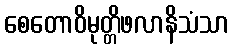
စေတောဝိမုတ္တိဖလာနိသံသာ